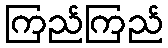
ကြည်ကြည်